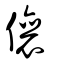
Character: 儴